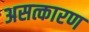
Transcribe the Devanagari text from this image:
असत्कारण